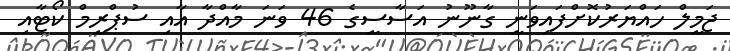
ޖަމީލް ހައްޔަރުކޮށްފައިވަނީ ގާނޫނު އަސާސީގެ 46 ވަނަ މާއްދާ އާއި ސުޕްރީމް ކޯޓާއި